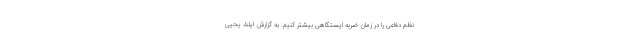
نظم دفاعی را در زمان ضربه ایستگاهی بیشتر کنیم. به گزارش ایلنا، یحیی